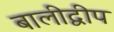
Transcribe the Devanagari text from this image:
बालीद्वीप